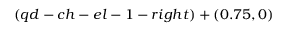
( q d - c h - e l - 1 - r i g h t ) + ( 0 . 7 5 , 0 )